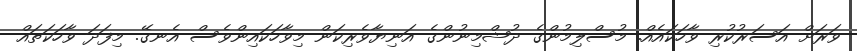
ވަރަށް އަސަރުކުރި ވާހަކައެއް. މުސްލިމުންގެ ދުޝްމިނުންގެ އަނިޔާވެރިކަން މިވާހަކައިންވެސް އެނގޭ. މިފަދަ ވާހަކަތައް